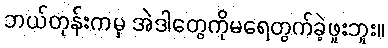
ဘယ်တုန်းကမှ အဲဒါတွေကိုမရေတွက်ခဲ့ဖူးဘူး။